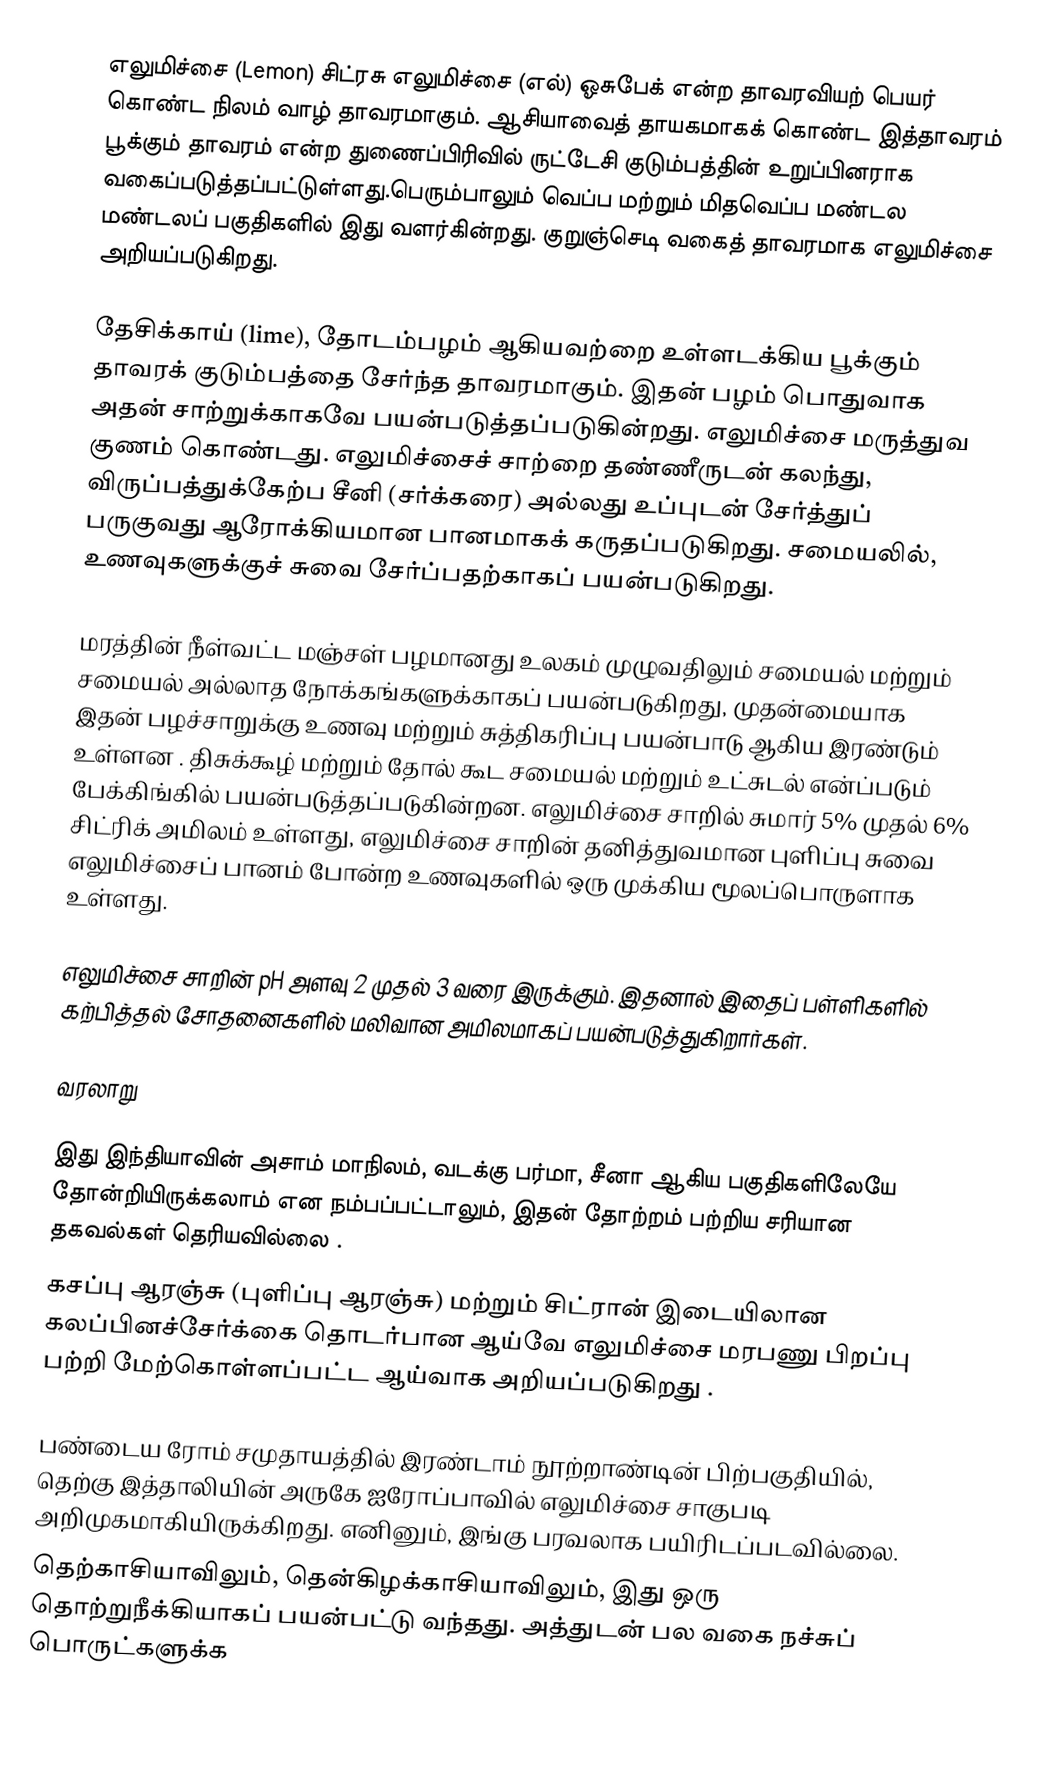
எலுமிச்சை (Lemon)  சிட்ரசு எலுமிச்சை (எல்) ஓசுபேக் என்ற தாவரவியற் பெயர் கொண்ட நிலம் வாழ் தாவரமாகும். ஆசியாவைத் தாயகமாகக் கொண்ட இத்தாவரம் பூக்கும் தாவரம் என்ற துணைப்பிரிவில் ருட்டேசி குடும்பத்தின் உறுப்பினராக வகைப்படுத்தப்பட்டுள்ளது.பெரும்பாலும் வெப்ப மற்றும் மிதவெப்ப மண்டல மண்டலப் பகுதிகளில் இது வளர்கின்றது. குறுஞ்செடி வகைத் தாவரமாக எலுமிச்சை அறியப்படுகிறது.

தேசிக்காய் (lime), தோடம்பழம் ஆகியவற்றை உள்ளடக்கிய பூக்கும் தாவரக் குடும்பத்தை சேர்ந்த தாவரமாகும். இதன் பழம் பொதுவாக அதன் சாற்றுக்காகவே பயன்படுத்தப்படுகின்றது. எலுமிச்சை மருத்துவ குணம் கொண்டது. எலுமிச்சைச் சாற்றை தண்ணீருடன் கலந்து, விருப்பத்துக்கேற்ப சீனி (சர்க்கரை) அல்லது உப்புடன் சேர்த்துப் பருகுவது ஆரோக்கியமான பானமாகக் கருதப்படுகிறது. சமையலில், உணவுகளுக்குச் சுவை சேர்ப்பதற்காகப் பயன்படுகிறது.

மரத்தின் நீள்வட்ட மஞ்சள் பழமானது உலகம் முழுவதிலும் சமையல் மற்றும்  சமையல் அல்லாத  நோக்கங்களுக்காகப் பயன்படுகிறது, முதன்மையாக இதன் பழச்சாறுக்கு உணவு மற்றும் சுத்திகரிப்பு பயன்பாடு ஆகிய இரண்டும் உள்ளன . திசுக்கூழ் மற்றும் தோல் கூட சமையல் மற்றும் உட்சுடல் என்ப்படும் பேக்கிங்கில் பயன்படுத்தப்படுகின்றன. எலுமிச்சை சாறில் சுமார் 5% முதல் 6% சிட்ரிக் அமிலம் உள்ளது,  எலுமிச்சை சாறின் தனித்துவமான புளிப்பு சுவை எலுமிச்சைப் பானம்  போன்ற உணவுகளில் ஒரு முக்கிய மூலப்பொருளாக உள்ளது.

எலுமிச்சை சாறின் pH அளவு 2 முதல் 3 வரை இருக்கும். இதனால் இதைப் பள்ளிகளில் கற்பித்தல் சோதனைகளில் மலிவான அமிலமாகப் பயன்படுத்துகிறார்கள்.

வரலாறு

இது இந்தியாவின் அசாம் மாநிலம், வடக்கு பர்மா, சீனா ஆகிய பகுதிகளிலேயே தோன்றியிருக்கலாம் என நம்பப்பட்டாலும், இதன் தோற்றம் பற்றிய சரியான தகவல்கள் தெரியவில்லை .
கசப்பு ஆரஞ்சு (புளிப்பு ஆரஞ்சு) மற்றும் சிட்ரான் இடையிலான கலப்பினச்சேர்க்கை தொடர்பான ஆய்வே எலுமிச்சை மரபணு பிறப்பு பற்றி மேற்கொள்ளப்பட்ட ஆய்வாக அறியப்படுகிறது .

பண்டைய ரோம் சமுதாயத்தில் இரண்டாம் நூற்றாண்டின் பிற்பகுதியில், தெற்கு இத்தாலியின் அருகே ஐரோப்பாவில் எலுமிச்சை சாகுபடி அறிமுகமாகியிருக்கிறது. எனினும், இங்கு பரவலாக பயிரிடப்படவில்லை.
தெற்காசியாவிலும், தென்கிழக்காசியாவிலும், இது ஒரு தொற்றுநீக்கியாகப் பயன்பட்டு வந்தது. அத்துடன் பல வகை நச்சுப் பொருட்களுக்க